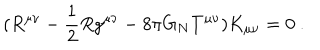
LaTeX: ( R ^ { \mu \nu } - \frac { 1 } { 2 } R g ^ { \mu \nu } - 8 \pi G _ { N } T ^ { \mu \nu } ) K _ { \mu \nu } = 0 ~ .